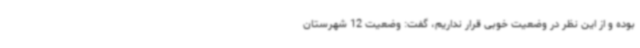
بوده و از این نظر در وضعیت خوبی قرار نداریم، گفت: وضعیت 12 شهرستان